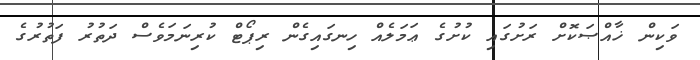
ވަކިން ޚާއްޞަކޮށް ރަށުގައި ކުށުގެ ޢަމަލެއް ހިނގައިގެން ރިޕޯޓް ކުރިނަމަވެސް ދަތުރު ފަތުރުގެ